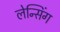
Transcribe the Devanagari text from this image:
लेन्सिंग